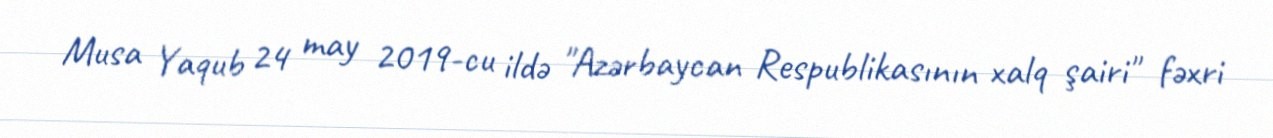
Musa Yaqub 24 may 2019-cu ildə "Azərbaycan Respublikasının xalq şairi" fəxri